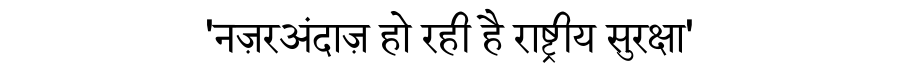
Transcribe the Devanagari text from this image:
'नज़रअंदाज़ हो रही है राष्ट्रीय सुरक्षा'